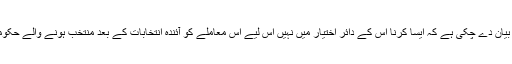
لیکن عبوری حکومت عدالت میں یہ بیان دے چکی ہے کہ ایسا کرنا اس کے دائر اختیار میں نہیں اس لیے اس معاملے کو آئندہ انتخابات کے بعد منتخب ہونے والے حکومت کی صوابدید پر چھوڑ دیا جائے۔